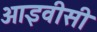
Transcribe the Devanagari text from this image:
आइवीसी